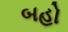
બહો